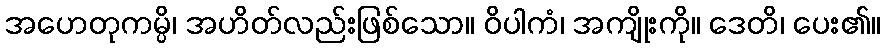
အဟေတုကမ္ပိ၊ အဟိတ်လည်းဖြစ်သော။ ဝိပါကံ၊ အကျိုးကို။ ဒေတိ၊ ပေး၏။